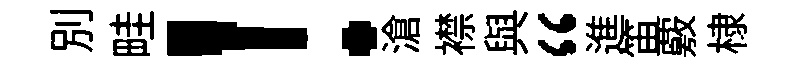
别畦！滄襟與“進笛覈棣